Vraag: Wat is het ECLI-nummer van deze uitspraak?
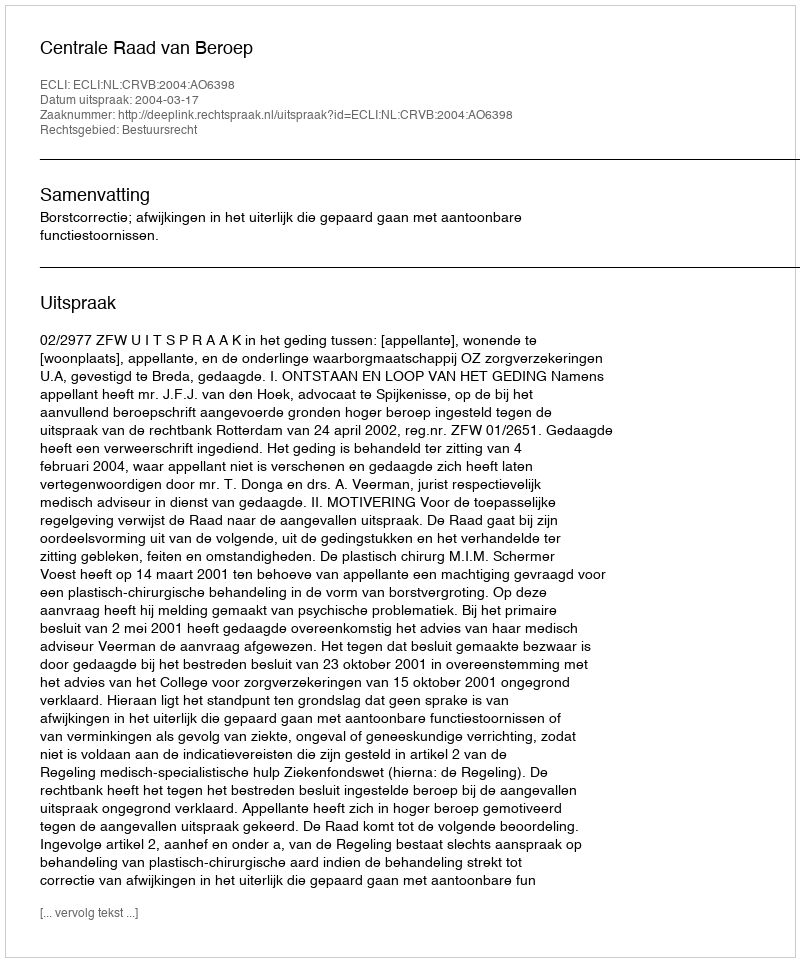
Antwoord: ECLI:NL:CRVB:2004:AO6398